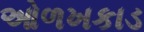
ઓળખકાડ